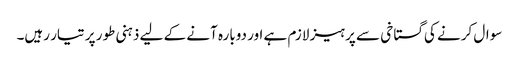
سوال کرنے کی گستاخی سے پرہیز لازم ہے اور دوبارہ آنے کے لیے ذہنی طور پر تیار رہیں۔